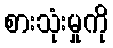
စားသုံးမှုကို